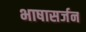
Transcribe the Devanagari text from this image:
भाषासर्जन